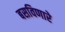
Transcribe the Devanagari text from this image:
बसविणारे